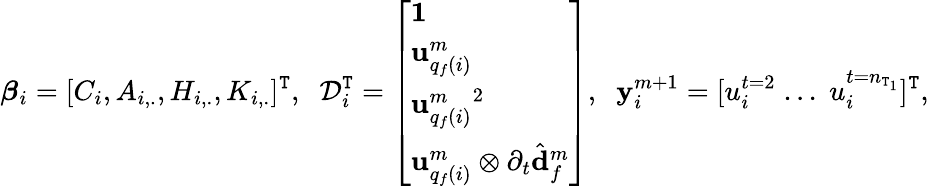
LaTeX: \boldsymbol{\beta}_{i}=[C_{i},A_{i,.},H_{i,.},K_{i,.}]^{\mathtt{T}},\; \; \mathcal{{D}}_{i}^{\mathtt{T}}=\left[\begin{array}{l}{\mathbf{1}}\\ {\mathbf{u}_{q_{f}(i)}^{m}}\\ {{\mathbf{u}_{q_{f}(i)}^{m}}^{2}}\\ {\mathbf{u}_{q_{f}(i)}^{m}\otimes\partial_{t}\hat{\mathbf{d}}_{f}^{m}}\end{array}\right],\; \; \mathbf{{y}}_{i}^{m+1}=[u_{i}^{t=2}\; ...\; u_{i}^{t=n_{\mathtt{T}_{1}}}]^{\mathtt{T}},